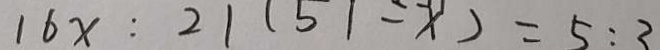
1 6 x : 2 1 ( 5 1 - x ) = 5 : 3